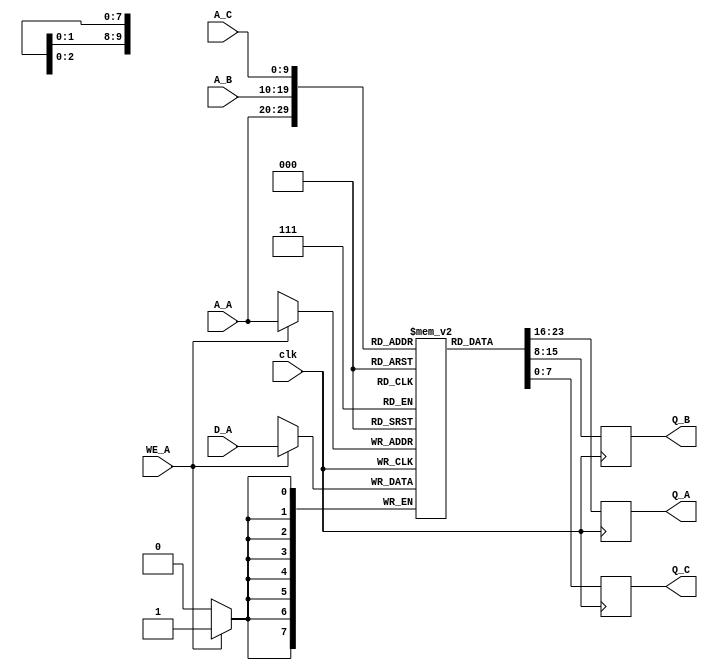
module triple_port_ram #(
    parameter DATA_WIDTH = 8,  // Width of each data word
    parameter ADDR_WIDTH = 10   // Address width (for 1KB memory)
)(
    input wire clk,             // Clock signal
    input wire [ADDR_WIDTH-1:0] A_A, // Address for Port A
    input wire WE_A,           // Write Enable for Port A
    input wire [DATA_WIDTH-1:0] D_A, // Data input for Port A
    output reg [DATA_WIDTH-1:0] Q_A, // Data output for Port A

    input wire [ADDR_WIDTH-1:0] A_B, // Address for Port B
    output reg [DATA_WIDTH-1:0] Q_B, // Data output for Port B

    input wire [ADDR_WIDTH-1:0] A_C, // Address for Port C
    output reg [DATA_WIDTH-1:0] Q_C   // Data output for Port C
);

    // Memory array declaration
    reg [DATA_WIDTH-1:0] ram [(2**ADDR_WIDTH)-1:0];

    // Read and Write operations
    always @(posedge clk) begin
        // Port A: Read/Write
        if (WE_A) begin
            ram[A_A] <= D_A; // Write operation
        end
        Q_A <= ram[A_A]; // Read operation

        // Port B: Read-only
        Q_B <= ram[A_B]; // Read operation

        // Port C: Read-only
        Q_C <= ram[A_C]; // Read operation
    end

endmodule